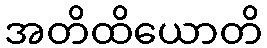
အတိထိယောတိ